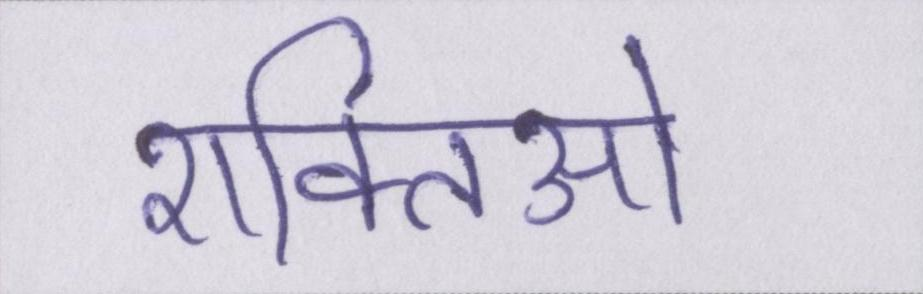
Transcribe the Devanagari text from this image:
शक्तिओ